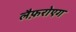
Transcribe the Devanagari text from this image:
लैफ़रोएग